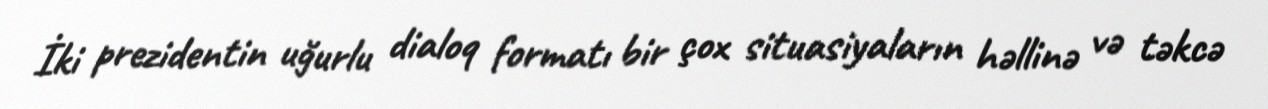
İki prezidentin uğurlu dialoq formatı bir çox situasiyaların həllinə və təkcə